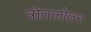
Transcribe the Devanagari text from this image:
त्रोतलोतर